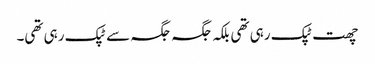
چھت ٹپک رہی تھی بلکہ جگہ جگہ سے ٹپک رہی تھی۔